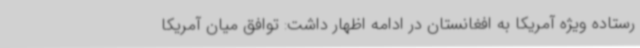
رستاده ویژه آمریکا به افغانستان در ادامه اظهار داشت: توافق میان آمریکا